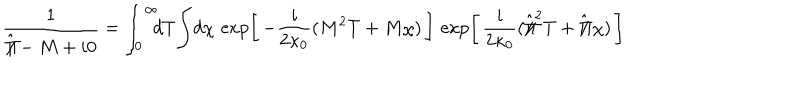
\frac { 1 } { \hat { \Pi / } - M + i 0 } = \int _ { 0 } ^ { \infty } \! \! \! d T \! \int \! d \chi \, \exp \left[ \, - \frac { i } { 2 \kappa _ { 0 } } ( M ^ { 2 } T + M \chi ) \, \right] \, \exp \left[ \, \frac { i } { 2 \kappa _ { 0 } } ( \hat { \Pi / } ^ { 2 } T + \hat { \Pi / } \, \chi ) \, \right]